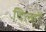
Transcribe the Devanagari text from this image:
दिल्हों